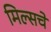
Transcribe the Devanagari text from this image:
मिल्सचे